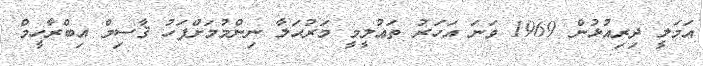
އަމަލީ ދިރިއުޅުން 1969 ވަނަ އަހަރު ތަޢުލީމީ މަރުޙަލާ ނިންމުމަށްފަހު ޤާސިމް އިބްރާހީމް